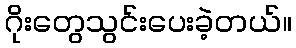
ဂိုးတွေသွင်းပေးခဲ့တယ်။